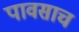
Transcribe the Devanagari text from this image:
पावसाच